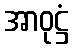
အာဝုဋ္ဌံ